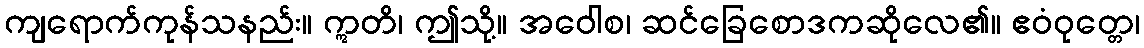
ကျရောက်ကုန်သနည်း။ ဣတိ၊ ဤသို့။ အဝေါစ၊ ဆင်ခြေစောဒကဆိုလေ၏။ ဧဝံဝုတ္တေ၊